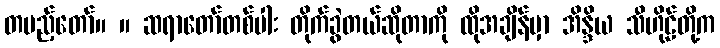
တပည့်တော်။ ။ ဆရာတော်တစ်ပါး တိုက်ခွဲတယ်ဆိုတာကို ထိုအချိန်မှာ အိန္ဒိယ သီဟိုဠ်တို့က